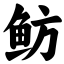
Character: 鲂